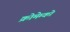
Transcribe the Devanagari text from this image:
क्रोमेम्को